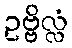
ဥဗ္ဗိလ္လံ